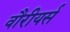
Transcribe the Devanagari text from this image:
वौरीयर्स